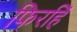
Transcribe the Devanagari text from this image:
फिरहिं